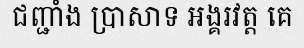
ជញ្ជាំង ប្រាសាទ អង្គរវត្ត គេ